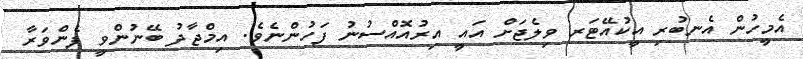
އެމީހުން އެނބުރި އީކުއޭޓަރ ވިލެޖަށް އައީ އިރުއޮއްސުނު ފަހުންނެވެ. އިމްޖާދު ބޭނުންވީ ފެންވަރާ